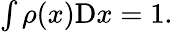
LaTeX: \begin{array}{r}{\int\rho(x)\mathrm{D}x=1.}\end{array}